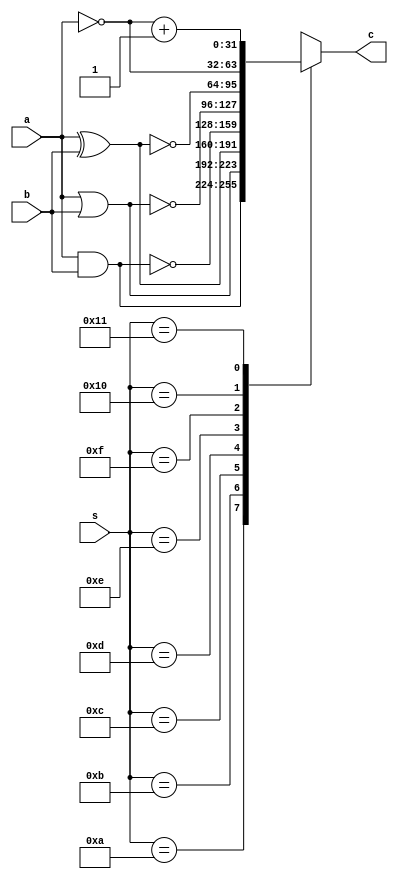
module logicUnit #(
    parameter n = 32
) (
    input [n-1:0] a, input [n-1:0] b, input [4:0] s, output reg [n-1:0] c
);
    always @(a, b, s) begin
        case (s)
            5'b01010: c = a & b;
            5'b01011: c = a | b;
            5'b01100: c = a ^ b;
            5'b01101: c = ~(a & b);
            5'b01110: c = ~(a | b);
            5'b01111: c = ~(a ^ b);
            5'b10000: c = ~a;
            5'b10001: c = ~a + 1'b1;
            default: c = {n{1'bx}};
        endcase
    end
endmodule